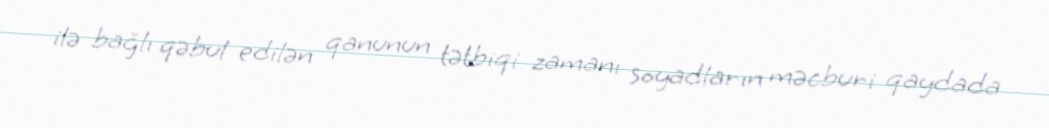
ilə bağlı qəbul edilən qanunun tətbiqi zamanı soyadların məcburi qaydada